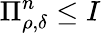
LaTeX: \Pi_{\rho,\delta}^{n}\leq I